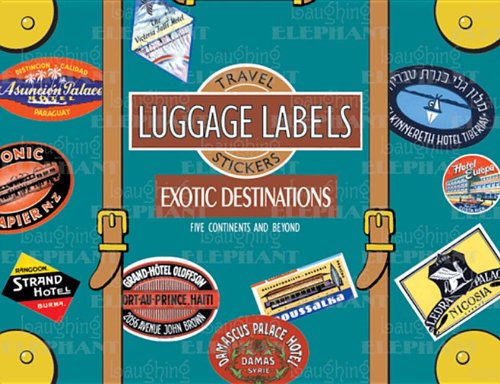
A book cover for Exotic Destinations Luggage Labels: Travel Stickers; Crafts, Hobbies & Home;